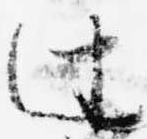
辻